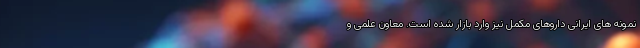
نمونه های ایرانی داروهای مکمل نیز وارد بازار شده است. معاون علمی و